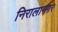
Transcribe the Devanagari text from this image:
निरालानगर